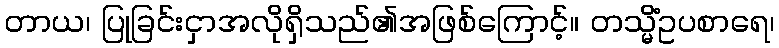
တာယ၊ ပြုခြင်းငှာအလိုရှိသည်၏အဖြစ်ကြောင့်။ တသ္မိံဥပစာရေ၊